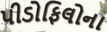
પીડોફિલોના